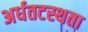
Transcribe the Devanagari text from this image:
अर्धतटस्थता